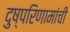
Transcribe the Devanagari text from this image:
दुष्परिणामांची